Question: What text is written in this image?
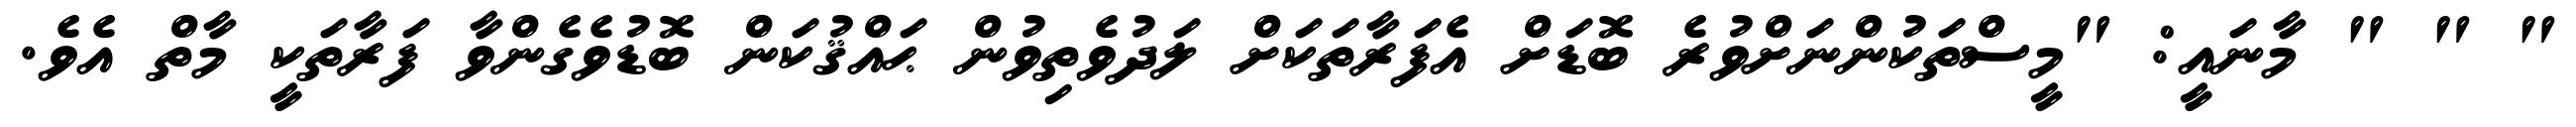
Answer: " " " މާނައީ: "މީސްތަކުންނަށްވުރެ ބޮޑަށް އެފަރާތަކަށް ލަދުވެތިވުން ޙައްޤުކަން ބޮޑުވެގެންވާ ފަރާތަކީ މާތް އެވެ.